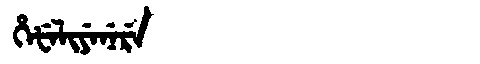
Manchu: ᡥᡝᡶᡝᠯᡳᠶᡝᠨᡝᡵᡝ
Romanization: HEFELIYENERE